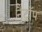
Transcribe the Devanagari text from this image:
नैट्रॉप